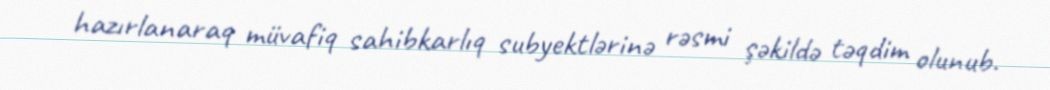
hazırlanaraq müvafiq sahibkarlıq subyektlərinə rəsmi şəkildə təqdim olunub.